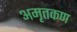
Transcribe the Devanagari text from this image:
अमृतकण